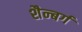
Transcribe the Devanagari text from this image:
शैन्बर्ग